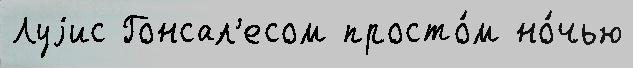
Луjис Гонсал'есом просто́м но́чью